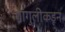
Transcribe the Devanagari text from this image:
गांगुलीकडून